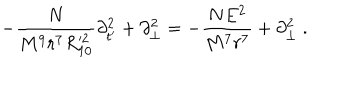
- \frac { N } { M ^ { 9 } r ^ { 7 } R _ { 1 0 } ^ { 2 } } \partial _ { t ^ { \prime } } ^ { 2 } + \partial _ { \perp } ^ { 2 } = - \frac { N E ^ { 2 } } { M ^ { 7 } r ^ { 7 } } + \partial _ { \perp } ^ { 2 } \ .